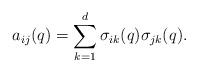
LaTeX: \begin{align*}a_{ij}(q)=\sum_{k=1}^{d}\sigma_{ik}(q)\sigma_{jk}(q).\end{align*}